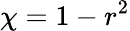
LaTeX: \chi=1-r^{2}